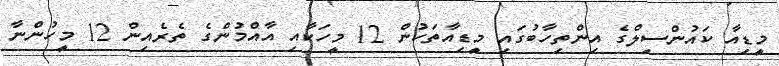
މީޑިއާ ކައުންސިލްގެ އިންތިހާބުގައި މީޑިއާތަކުން 12 މީހަކާއި އާއްމުންގެ ތެރެއިން 12 މީހުންނާ